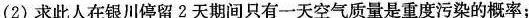
(2)求此人在银川停留2天期间只有一天空气质量是重度污染的概率；